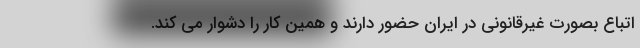
اتباع بصورت غیرقانونی در ایران حضور دارند و همین کار را دشوار می کند.